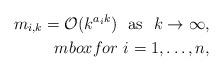
LaTeX: \begin{align*}m_{i,k} = {\cal O}(k^{{a_i}k}) \ \mbox{ as } \ k \to \infty, \\mbox{ for } \ i=1, \ldots, n,\end{align*}